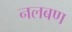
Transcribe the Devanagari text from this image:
नलबण